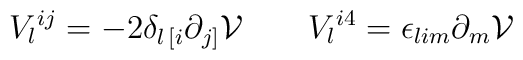
V_l{}^{ij} = - 2 \delta_{l\, [i} \partial _{j]}  {\cal V} \qquad  V_l{}^{i4} =   \epsilon_{lim} \partial _m   {\cal V}